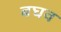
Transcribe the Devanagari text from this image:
बघव